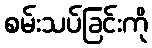
စမ်းသပ်ခြင်းကို